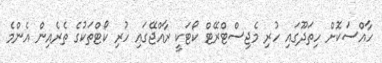
ހާއްސަކޮށް ހިތަދޫގައި ހުރި މެޖިސްޓްރޭޓް ކޯޓަކީ ރާއްޖޭގައި ހުރި ކޯޓްތަކުގެ ތެރެއިން އެންމެ